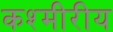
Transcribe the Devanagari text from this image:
कश्मीरीय